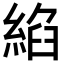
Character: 𦁵